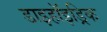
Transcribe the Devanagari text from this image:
डाइहॉइड्रिक